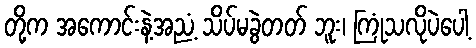
တို့က အကောင်းနဲ့အညံ့ သိပ်မခွဲတတ် ဘူး၊ ကြုံသလိုပဲပေါ့